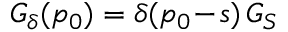
G _ { \delta } ( p _ { 0 } ) = \delta ( p _ { 0 } \! - \! s ) \, G _ { S }